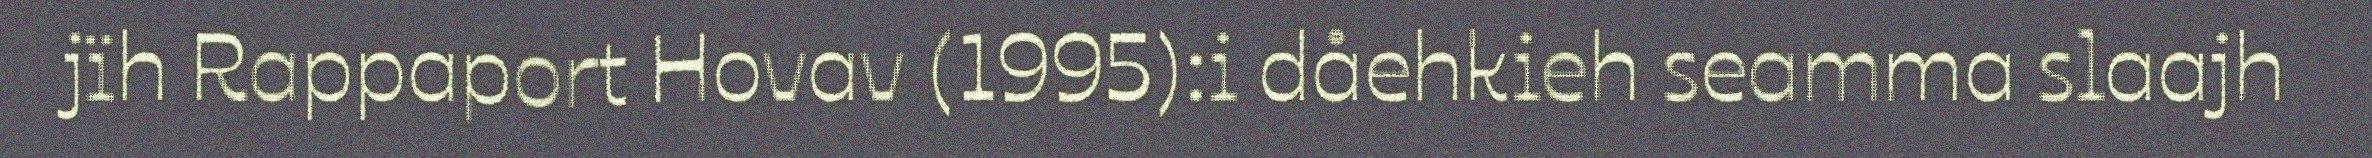
jïh Rappaport Hovav (1995):i dåehkieh seamma slaajh